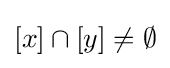
[x]\cap [y]\neq \emptyset